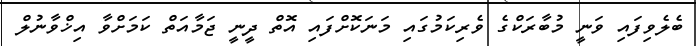
ބެލެވިފައި ވަނީ މުބާރަކްގެ ވެރިކަމުގައި މަނަކޮށްފައި އޮތް ދީނީ ޖަމާއަތް ކަމަށްވާ އިޚްވާނުލް